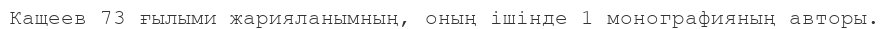
Кащеев 73 ғылыми жарияланымның, оның ішінде 1 монографияның авторы.